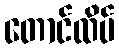
တောင်ထိပ်